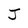
Character: J